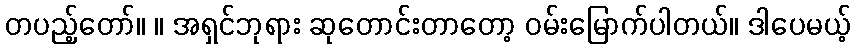
တပည့်တော်။ ။ အရှင်ဘုရား ဆုတောင်းတာတော့ ဝမ်းမြောက်ပါတယ်။ ဒါပေမယ့်